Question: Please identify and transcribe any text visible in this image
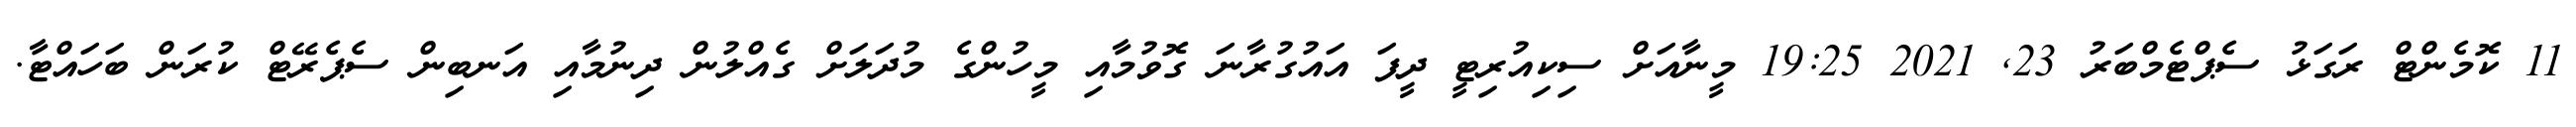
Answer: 11 ކޮމެންޓް ރަގަޅު ސެޕްޓެމްބަރު 23, 2021 19:25 މީނާއަށް ސިކިއުރިޓީ ދީފަ އައުގުރާނަ ގޮވުމާއި މީހުންގެ މުދަލަށް ގެއްލުން ދިނުމާއި އަނބިން ސެޕެރޭޓް ކުރަން ބަހައްޓާ.